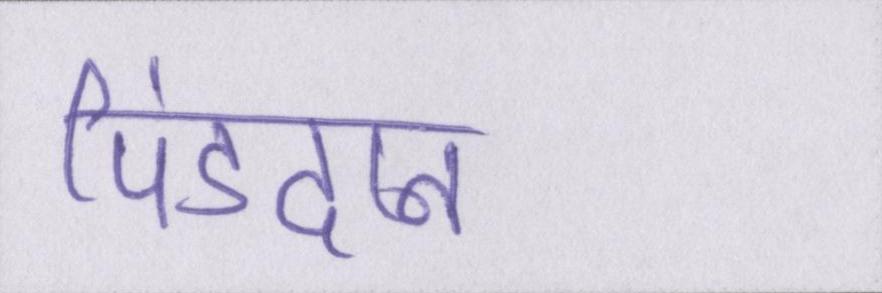
पिंडदान